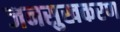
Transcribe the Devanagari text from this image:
जनसुखकरण